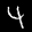
Label: 4